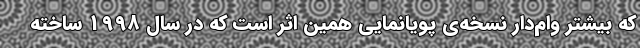
که بیشتر وام‌دار نسخه‌ی پویانمایی همین اثر است که در سالِ 1998 ساخته